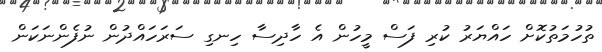
ތުހުމަތުކޮށް ހައްޔަރު ކުރި ފަސް މީހުން އެ ހާދިސާ ހިނގި ސަރަހައްދުން ނުފެންނަކަން